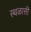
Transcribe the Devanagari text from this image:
स्थळासी